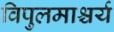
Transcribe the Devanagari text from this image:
विपुलमाश्चर्य